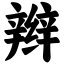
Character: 辫